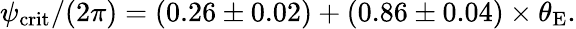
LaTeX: \begin{array}{r}{\psi_{\mathrm{crit}}/(2\pi)=\left(0.26\pm 0.02\right)+\left(0.86\pm 0.04\right)\times\theta_{\mathrm{E}}.}\end{array}